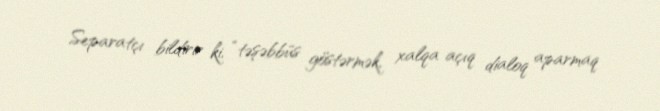
Separatçı bildirir ki, “təşəbbüs göstərmək, xalqa açıq dialoq aparmaq